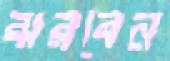
ঝরবেন